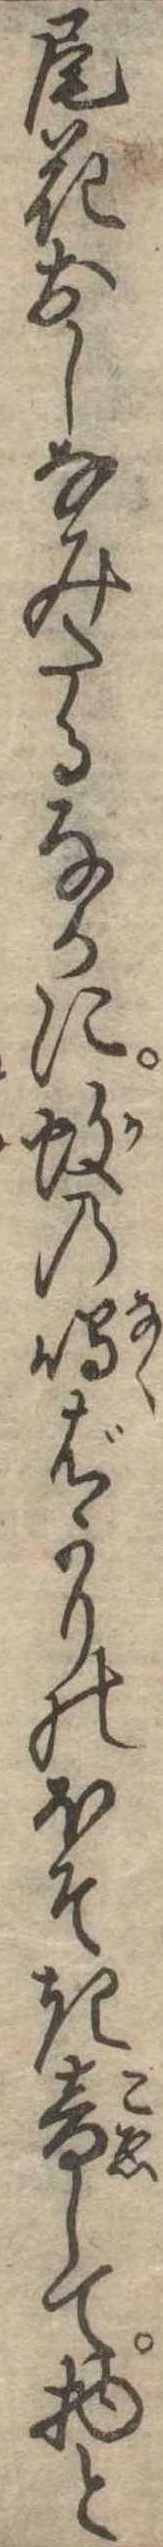
尾花おしなみたるなかに蚊の鳴ばかりのほそき音して物と